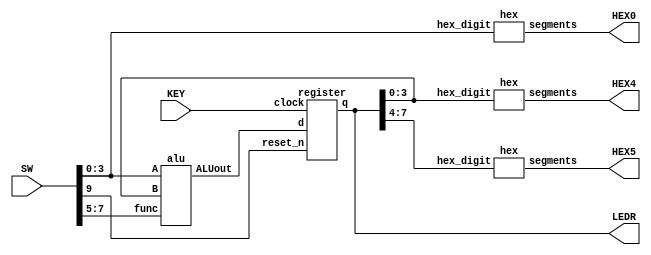
//Stores result of ALU into a register and uses the registered output as an input to next operation

//inputs
//SW[3:0]: 		A
//SW[7:5]:		func
//SW[9]:		reset (active low)
//KEY[0]:		clock

//outputs
//LEDR[7:0]:	output from register
//HEX0:			A
//HEX4:			ALU[3:0]
//HEX5:			ALU[7:4]


module alu_register(SW, KEY, LEDR, HEX0, HEX4, HEX5);
	input [9:0] SW;
	input [0:0] KEY;
	output [7:0] LEDR;
	output [6:0] HEX0, HEX4, HEX5;
	wire [7:0] alu_out;
	
	wire [7:0] reg_out;
	
	//outputs A	on HEX0
	hex h0(SW[3:0], HEX0);
	
	alu u0(
			.A(SW[3:0]),
			.B(reg_out[3:0]),
			.func(SW[7:5]),
			.ALUout(alu_out[7:0])
			);
			
	//stores on register
	register regis(
			.d(alu_out[7:0]),
			.clock(KEY[0]),
			.reset_n(SW[9]),
			.q(reg_out)
			);
	
	assign LEDR[7:0] = reg_out[7:0];
	
	//set HEX4 to ALUout[3:0]
	hex h4(reg_out[3:0], HEX4);
			
	//set HEX5 to ALUout[7:4]
	hex h5(reg_out[7:4], HEX5);
			
endmodule

module register(d, clock, reset_n, q);
	input [7:0] d;
	input clock;
	input reset_n;
	output [7:0] q;
	
	reg [7:0] q;
	
	always @(posedge clock)
	
	begin
		if (reset_n == 1'b0)
			q <= 0;
		else
			q <= d;
	end
endmodule

module alu(A,B,func,ALUout);
	input [3:0] A;
	input [7:4] B;
	input [2:0] func;
	output [7:0] ALUout;
	
	wire [3:0] case0;
	wire carry_case0;
	wire [3:0] case1;
	wire carry_case1;
	
	reg [7:0] ALUout;
	
	four_bit_adder fba0(
							.a(A),
							.b(4'b0001), 
							.ci(1'b0), 
							.co(carry_case0), 
							.s(case0)
							);
							
	four_bit_adder fba1(
							.a(A), 
							.b(B), 
							.ci(1'b0), 
							.co(carry_case1), 
							.s(case1)
							);
	
	always @(*)
	begin
		case (func)
			3'b000: ALUout <= {carry_case0, 3'b0, case0}; 		//A+1
			3'b001: ALUout <= {carry_case1, 3'b0, case1}; 		//A+B adder
			3'b010: ALUout <= A + B; 							//A+B
			3'b011: ALUout <= {A | B, A ^ B}; 					//A OR B and A XOR B
			3'b100: ALUout <= (A | B != 4'b0) ? 8'b1 : 8'b0; 	//1 if there is 1 and 0 otherwise
			3'b101: ALUout <= B << A; 							//left shift
			3'b110: ALUout <= B >> A; 							//right shift
			3'b111: ALUout <= B * A; 							//A*B
			default: ALUout <= 8'b0;
		endcase
	end
endmodule
	

module hex(hex_digit, segments); //hex decoder
    input [3:0] hex_digit;
    output reg [6:0] segments;
   
    always @(*)
        case (hex_digit)
            4'h0: segments = 7'b100_0000;
            4'h1: segments = 7'b111_1001;
            4'h2: segments = 7'b010_0100;
            4'h3: segments = 7'b011_0000;
            4'h4: segments = 7'b001_1001;
            4'h5: segments = 7'b001_0010;
            4'h6: segments = 7'b000_0010;
            4'h7: segments = 7'b111_1000;
            4'h8: segments = 7'b000_0000;
            4'h9: segments = 7'b001_1000;
            4'hA: segments = 7'b000_1000;
            4'hB: segments = 7'b000_0011;
            4'hC: segments = 7'b100_0110;
            4'hD: segments = 7'b010_0001;
            4'hE: segments = 7'b000_0110;
            4'hF: segments = 7'b000_1110;   
            default: segments = 7'h7f;
        endcase
endmodule


module four_bit_adder(a, b, ci, co, s);
	input [3:0] a, b;
	input ci;
	output co;
	output [3:0] s;
	wire c1;
	wire c2;
	wire c3;
	
	fa u0(
		.a(a[0]),
		.b(b[0]),
		.ci(ci),
		.s(s[0]),
		.co(c1)
	);
	
	fa u1(
		.a(a[1]),
		.b(b[1]),
		.ci(c1),
		.s(s[1]),
		.co(c2)
	);
	
	fa u2(
		.a(a[2]),
		.b(b[2]),
		.ci(c2),
		.s(s[2]),
		.co(c3)
	);
	
	fa u3(
		.a(a[3]),
		.b(b[3]),
		.ci(c3),
		.s(s[3]),
		.co(co)
	);
endmodule

module fa(a,b,ci,co,s);
	input a;
	input b;
	input ci;
	output co;
	output s;
	
	wire c1;
	assign c1 = a ^ b;
	
	assign s = c1 ^ ci;
	mux2to1 m0(
		.x(b), 
		.y(ci),
		.s(c1),
		.m(co)
		);
endmodule

module mux2to1(x, y, s, m);
    input x; //selected when s is 0
    input y; //selected when s is 1
    input s; //select signal
    output m; //output
  
    assign m = s & y | ~s & x;
    // OR
    // assign m = s ? y : x;

endmodule